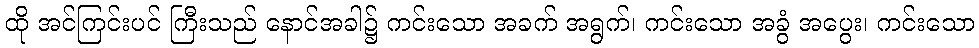
ထို အင်ကြင်းပင် ကြီးသည် နောင်အခါ၌ ကင်းသော အခက် အရွက်၊ ကင်းသော အခွံ အပွေး၊ ကင်းသော